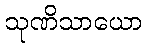
သုဏိသာယော